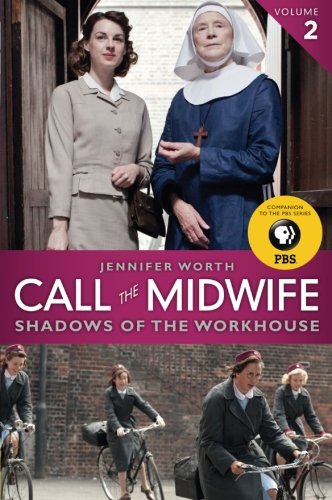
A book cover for Call the Midwife: Shadows of the Workhouse; Jennifer Worth; Biographies & Memoirs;